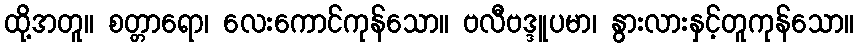
ထို့အတူ။ စတ္တာရော၊ လေးကောင်ကုန်သော။ ဗလီဗဒ္ဒူပမာ၊ နွားလားနှင့်တူကုန်သော။